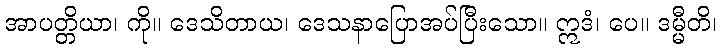
အာပတ္တိယာ၊ ကို။ ဒေသိတာယ၊ ဒေသနာပြောအပ်ပြီးသော။ ဣဒံ၊ ပေ။ ဒမ္မီတိ၊